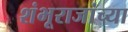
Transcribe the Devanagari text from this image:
शंभूराजांच्या